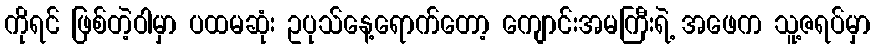
ကိုရင် ဖြစ်တဲ့ဝါမှာ ပထမဆုံး ဥပုသ်နေ့ရောက်တော့ ကျောင်းအမကြီးရဲ့ အဖေက သူ့ဇရပ်မှာ